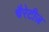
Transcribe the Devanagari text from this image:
चैरेटीज़